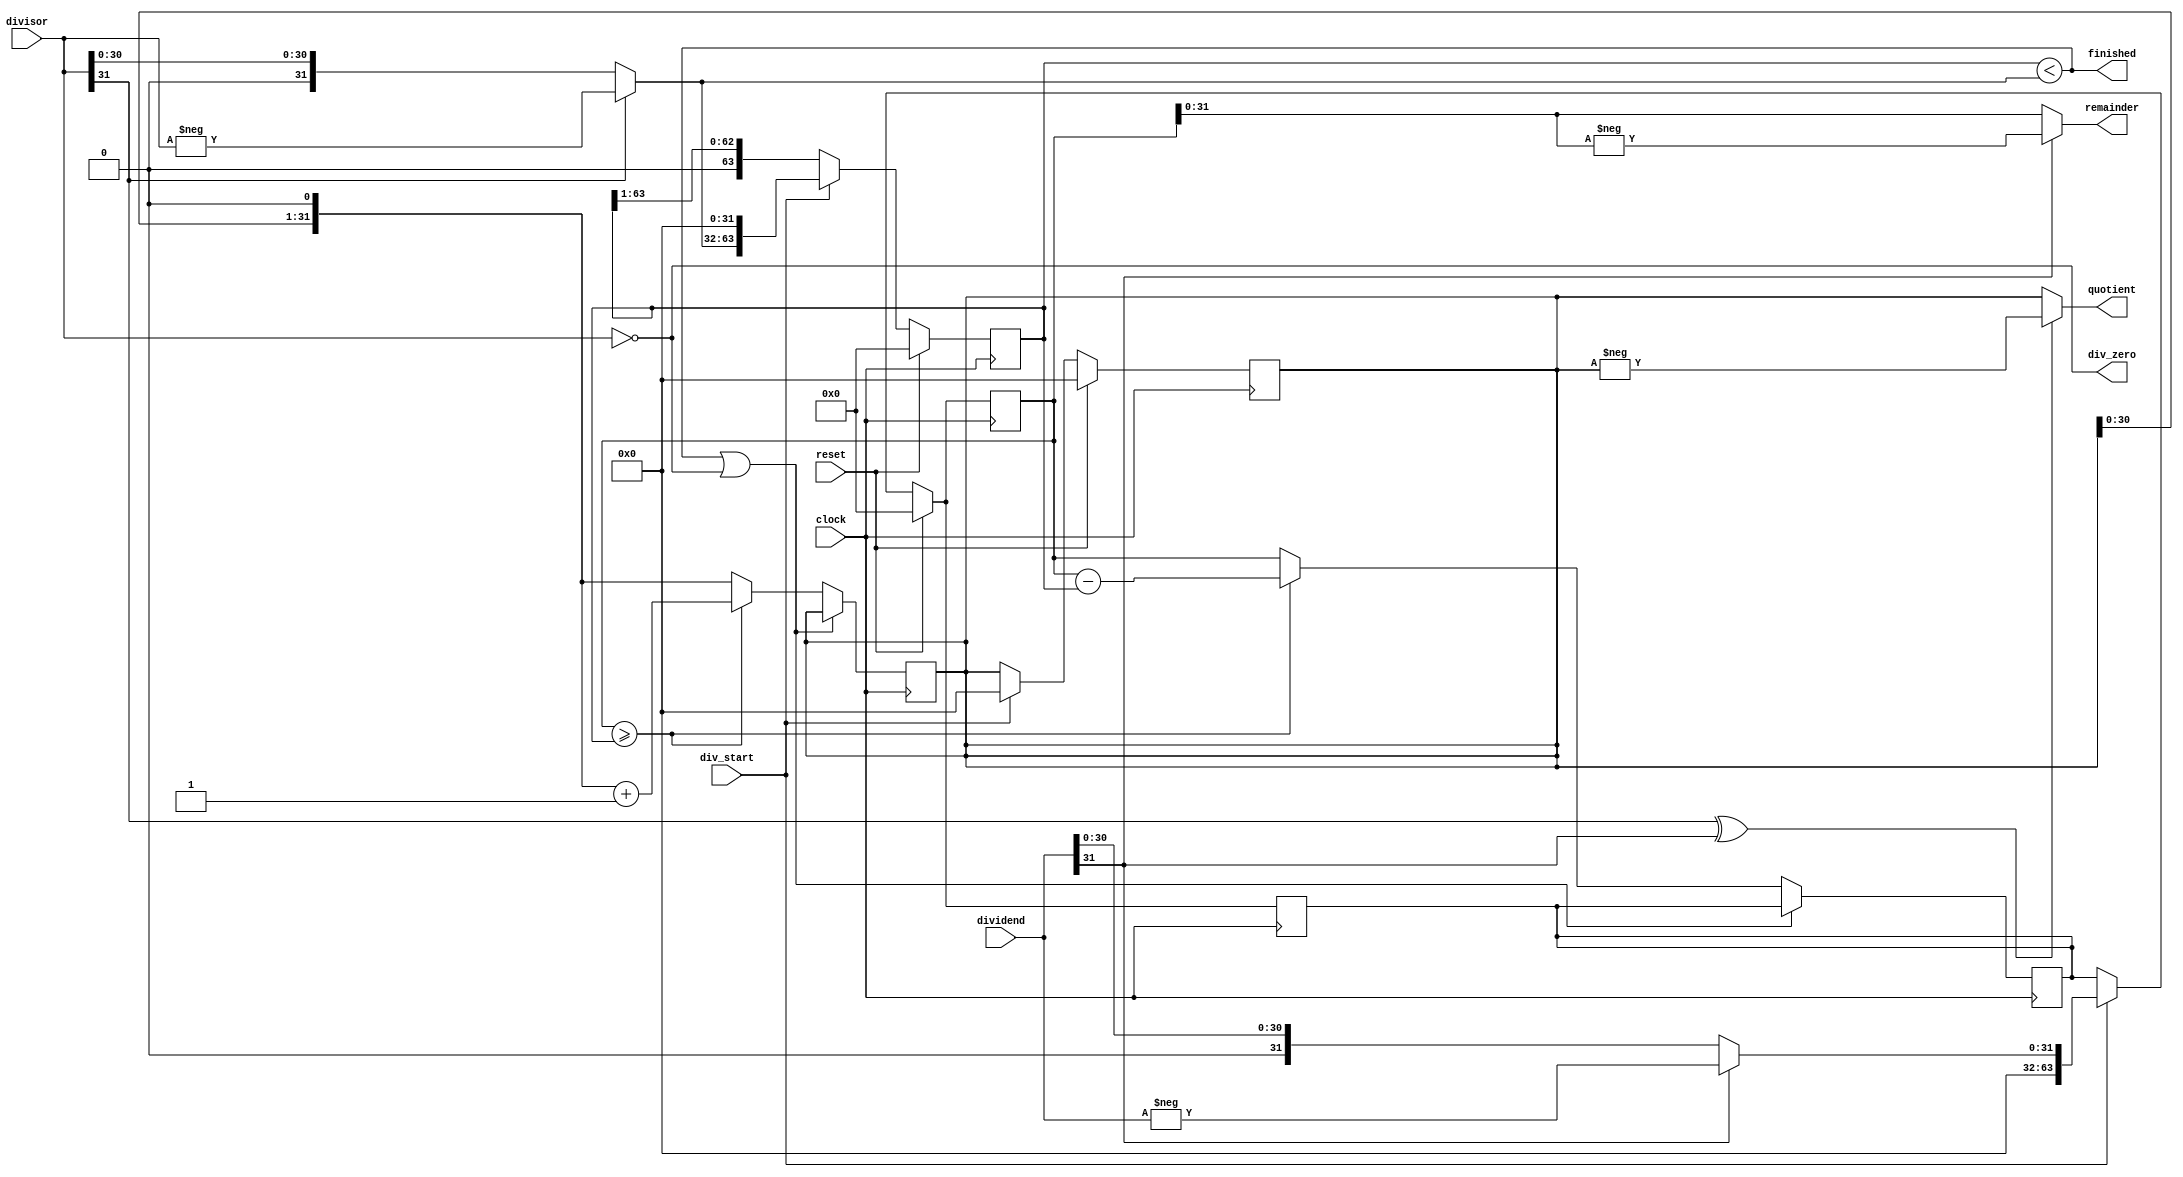
module Div (
    input wire clock,
    input wire reset,
    input wire div_start,
    input wire [31:0] dividend,
    input wire [31:0] divisor,
    output wire div_zero,
    output wire finished,
    output wire [31:0] quotient,
    output wire [31:0] remainder
);

reg [63:0] shift_right, subtract, aux;
reg [31:0] shift_left;
wire [31:0] abs_divisor, abs_dividend;

assign div_zero = divisor == 0;
assign abs_divisor = divisor[31] ? -divisor : divisor;
assign abs_dividend = dividend[31] ? -dividend : dividend;
assign finished = shift_right < {32'b0, abs_divisor};
assign quotient = (divisor[31] ^ dividend[31]) ? -shift_left : shift_left;
assign remainder = dividend[31] ? -subtract : subtract;

always @(posedge clock) begin
    if (reset) begin
        shift_right <= 0;
        shift_left <= 0;
        subtract <= 0;
        aux <= 0;
    end else if (div_start) begin
        shift_right <= abs_divisor << 32;
        shift_left <= 0;
        subtract <= {32'b0, abs_dividend};
        aux <= {32'b0, abs_dividend};
    end else begin
        subtract <= aux;
        shift_right <= shift_right >> 1;
    end
end

always @(negedge clock) begin
    if (~(finished | div_zero)) begin
        if (subtract >= shift_right) begin
            shift_left <= (shift_left << 1) + 1;
            aux <= subtract - shift_right;
        end else begin
            shift_left <= shift_left << 1;
            aux <= subtract;
        end
    end
end

endmodule